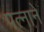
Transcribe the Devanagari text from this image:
पत्‍नाने